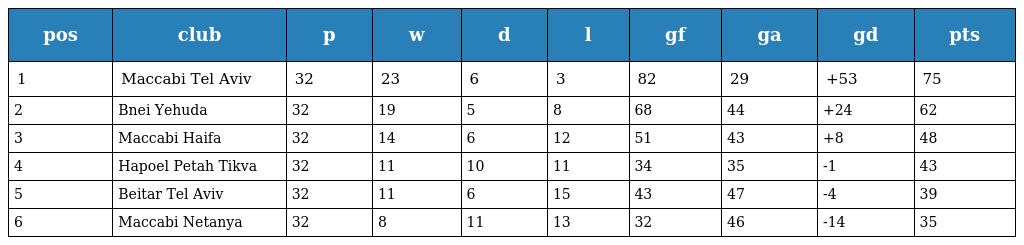
| pos | club | p | w | d | l | gf | ga | gd | pts |
 | --- | --- | --- | --- | --- | --- | --- | --- | --- | --- |
 | 1 | Maccabi Tel Aviv | 32 | 23 | 6 | 3 | 82 | 29 | +53 | 75 |
 | 2 | Bnei Yehuda | 32 | 19 | 5 | 8 | 68 | 44 | +24 | 62 |
 | 3 | Maccabi Haifa | 32 | 14 | 6 | 12 | 51 | 43 | +8 | 48 |
 | 4 | Hapoel Petah Tikva | 32 | 11 | 10 | 11 | 34 | 35 | -1 | 43 |
 | 5 | Beitar Tel Aviv | 32 | 11 | 6 | 15 | 43 | 47 | -4 | 39 |
 | 6 | Maccabi Netanya | 32 | 8 | 11 | 13 | 32 | 46 | -14 | 35 |